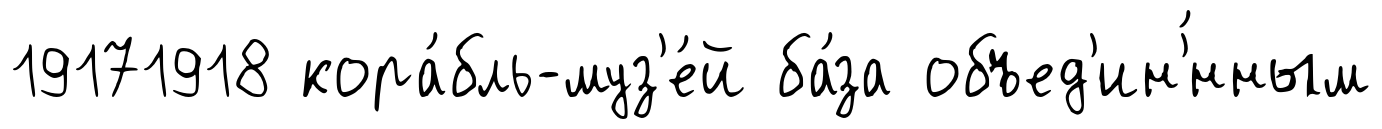
19171918 кора́бль-муз'е́й ба́за объед'ин'́нным